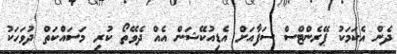
ދެން އެކަމަކު ޕޭރެންޓްސް ސަފާއަށް އެޑިއުކޭޝަން އެއް ދެވޭތޯ ކުރި މަސައްކަތް ދުވަހަކު